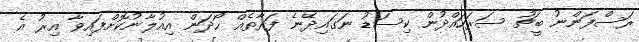
ރަސްފަންނު ބީޗު ސަރަހައްދުން ކިސަޑު ނަގައިދޭނެ ފަރާތެއް ހޯދަން އިއުލާނުކޮށްފައިވާ އިރު އެ